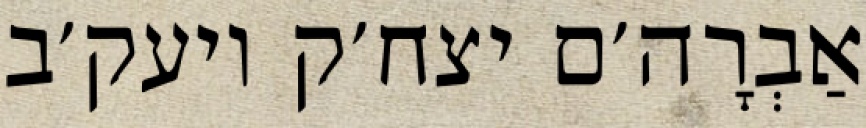
אַבְרָה׳ם יצח׳ק ויעק׳ב